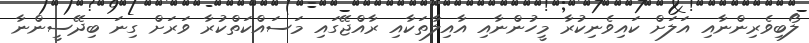
ލޯބިވެރިންނާއި އަލަށް ކައިވެނިކުރާ މީހުންނާއި އާއިލާތަކާއި ރާއްޖޭގައި މަސައްކަތްކުރާ ވަރަށް ގިނަ ބިދޭސީންނާ